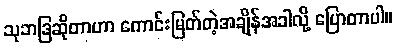
သုဘဒြဆိုတာဟာ ကောင်းမြတ်တဲ့အချိန်အခါလို့ ပြောတာပါ။